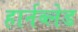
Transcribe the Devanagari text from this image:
हार्नब्लेड